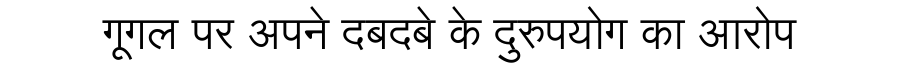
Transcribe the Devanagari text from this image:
गूगल पर अपने दबदबे के दुरुपयोग का आरोप